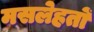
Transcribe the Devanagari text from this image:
मसलेहतों